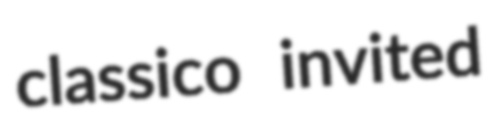
classico invited